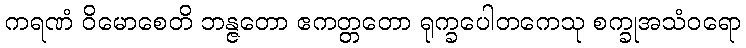
ကရဏံ ဝိမောစေတိ ဘန္ဇတော ဧကတ္တတော ရုက္ခပေါတကေသု စက္ခုအသံဝရော